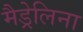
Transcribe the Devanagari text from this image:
मैड्रेलिना